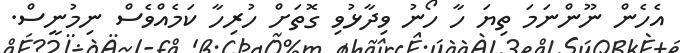
އެހެން ނޫންނަމަ ތިޔަ ހާ ހޯނު ވިދާޅުވި ގޮތަށް ހުރިހާ ކަމެއްވެސް ނިމުނީސް.